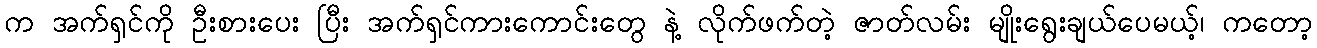
က အက်ရှင်ကို ဦးစားပေး ပြီး အက်ရှင်ကားကောင်းတွေ နဲ့ လိုက်ဖက်တဲ့ ဇာတ်လမ်း မျိုးရွေးချယ်ပေမယ့်၊ ကတော့